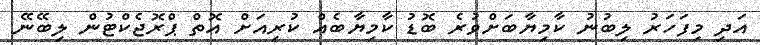
އަދި މިފަހަރު ލިބުނު ކާމިޔާބަށްވުރެ ބޮޑު ކާމިޔާބެއް ކުރިއަށް އޮތް ޕްރޮޖެކްޓުން ލިބޭނޭ